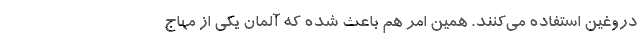
دروغین استفاده می‌کنند. همین امر هم باعث شده که آلمان یکی از مهاج